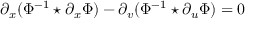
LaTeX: \partial _ { x } ( \Phi ^ { - 1 } \star \partial _ { x } \Phi ) - \partial _ { v } ( \Phi ^ { - 1 } \star \partial _ { u } \Phi ) = 0